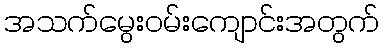
အသက်မွေးဝမ်းကျောင်းအတွက်